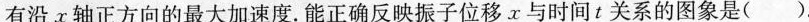
有沿x轴正方向的最大加速度。能正确反映振子位移x与时间t关系的图象是()。